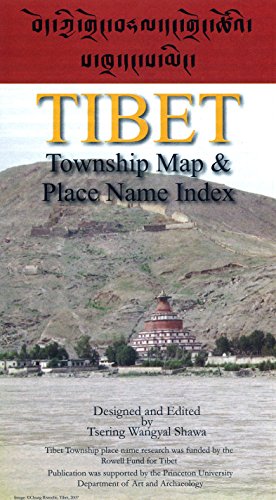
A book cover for Tibet: Township Map & Place Name Index (English and Chinese Edition); Tsering Wangyal Shawa; Travel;